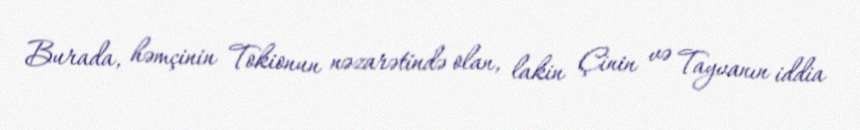
Burada, həmçinin Tokionun nəzarətində olan, lakin Çinin və Tayvanın iddia